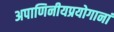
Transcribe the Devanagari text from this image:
अपाणिनीयप्रयोगानां